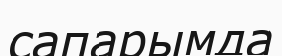
сапарымда